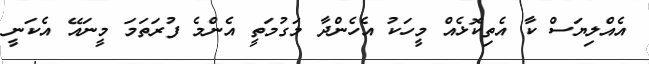
އެއްލިޔަސް ކާ އެތިކޮޅެއް މީހަކު އެހެންދާ މަގުމަތީ އެންމެ ފުރަތަމަ މީނައޭ އެކަނީ